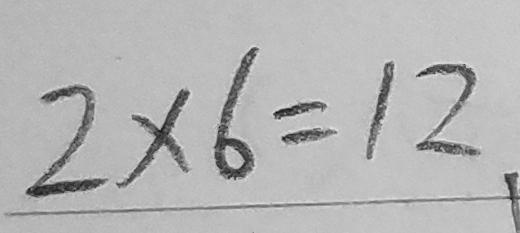
2 \times 6 = 1 2 .